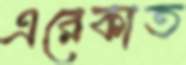
এরেকাত